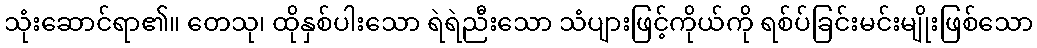
သုံးဆောင်ရာ၏။ တေသု၊ ထိုနှစ်ပါးသော ရဲရဲညီးသော သံပျားဖြင့်ကိုယ်ကို ရစ်ပ်ခြင်းမင်းမျိုးဖြစ်သော